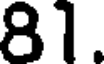
81.